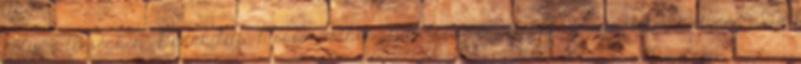
helye a térségben ▪Dunakiliti ▪Mosonszolnok ▪Győrladamér ▪Jánossomorja Főtevékenység ▪3430